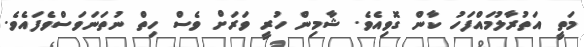
މަތީ އަތުރާލުމައްފަހު ކާން ގޮވިއެވެ. ޝާމިން ހުރީ ވަރަށް ވެސް ހިތް ނުތަނަވަސްވެފައެވެ.